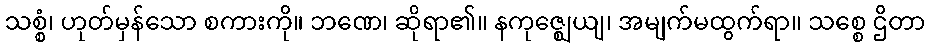
သစ္စံ၊ ဟုတ်မှန်သော စကားကို။ ဘဏေ၊ ဆိုရာ၏။ နကုဇ္ဈေယျ၊ အမျက်မထွက်ရာ။ သစ္စေ ဌိတာ